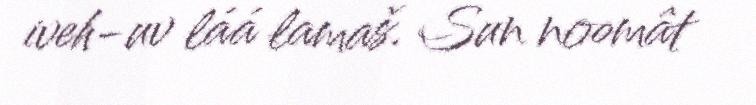
iveh-uv láá lamaš. Sun noomât